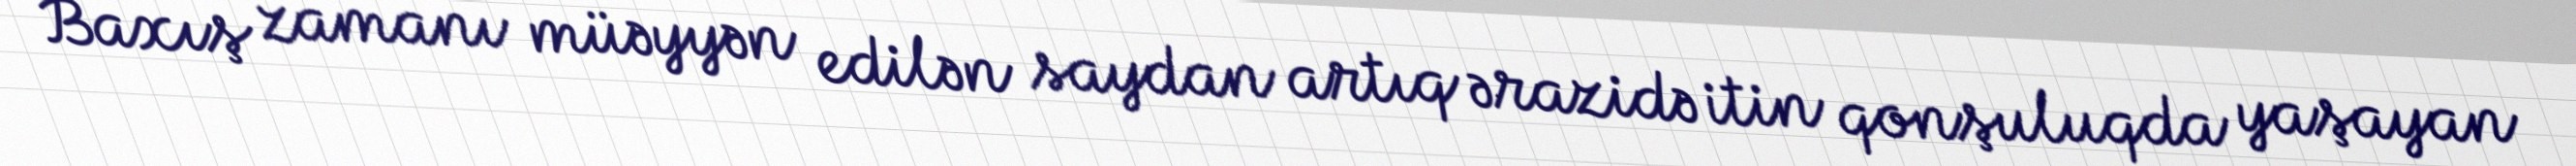
Baxış zamanı müəyyən edilən saydan artıq ərazidə itin qonşuluqda yaşayan